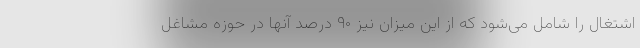
اشتغال را شامل می‌شود که از این میزان نیز ۹۰ درصد آنها در حوزه مشاغل